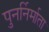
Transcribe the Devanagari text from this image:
पुनर्निर्माता